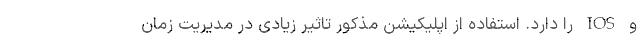
و IOS را دارد. استفاده از اپلیکیشن مذکور تاثیر زیادی در مدیریت زمان